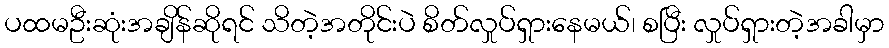
ပထမဦးဆုံးအချိန်ဆိုရင် သိတဲ့အတိုင်းပဲ စိတ်လှုပ်ရှားနေမယ်၊ စပြီး လှုပ်ရှားတဲ့အခါမှာ